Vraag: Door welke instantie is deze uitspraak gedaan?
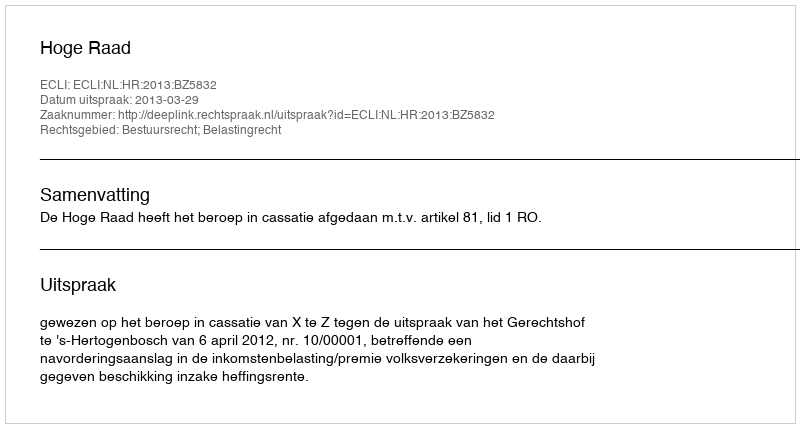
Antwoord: Hoge Raad